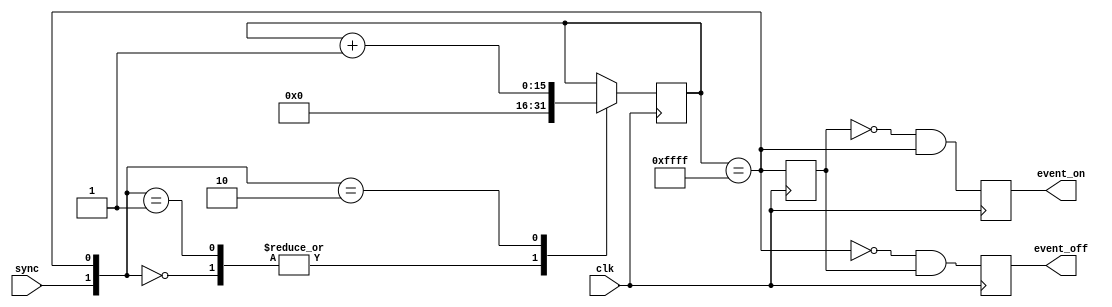
//////////////////////////////////////////////////////////////////////////////
// Copyright (c) 2006 Xilinx, Inc.
// This design is confidential and proprietary of Xilinx, All Rights Reserved.
//////////////////////////////////////////////////////////////////////////////
//   ____  ____
//  /   /\/   /
// /___/  \  /   Vendor:        Xilinx
// \   \   \/    Version:       1.0.0
//  \   \        Filename:      debnce.v
//  /   /        Date Created:  December 25, 2006
// /___/   /\    Last Modified: December 25, 2006
// \   \  /  \
//  \___\/\___\
//
// Devices:   Spartan-3 Generation FPGA
// Purpose:   Switch debouncer with pulses for on/off events
// Contact:   crabill@xilinx.com
// Reference: None
//
// Revision History:
//   Rev 1.0.0 - (crabill) First created December 25, 2006.
//
//////////////////////////////////////////////////////////////////////////////
//
// LIMITED WARRANTY AND DISCLAIMER. These designs are provided to you "as is".
// Xilinx and its licensors make and you receive no warranties or conditions,
// express, implied, statutory or otherwise, and Xilinx specifically disclaims
// any implied warranties of merchantability, non-infringement, or fitness for
// a particular purpose. Xilinx does not warrant that the functions contained
// in these designs will meet your requirements, or that the operation of
// these designs will be uninterrupted or error free, or that defects in the
// designs will be corrected. Furthermore, Xilinx does not warrant or make any
// representations regarding use or the results of the use of the designs in
// terms of correctness, accuracy, reliability, or otherwise.
//
// LIMITATION OF LIABILITY. In no event will Xilinx or its licensors be liable
// for any loss of data, lost profits, cost or procurement of substitute goods
// or services, or for any special, incidental, consequential, or indirect
// damages arising from the use or operation of the designs or accompanying
// documentation, however caused and on any theory of liability. This
// limitation will apply even if Xilinx has been advised of the possibility
// of such damage. This limitation shall apply not-withstanding the failure
// of the essential purpose of any limited remedies herein.
//
//////////////////////////////////////////////////////////////////////////////
// Copyright (c) 2006 Xilinx, Inc.
// This design is confidential and proprietary of Xilinx, All Rights Reserved.
//////////////////////////////////////////////////////////////////////////////

`timescale 1 ns / 1 ps

module debnce
  (
  input  wire        sync,
  input  wire        clk,
  output reg         event_on,
  output reg         event_off
  );

  //******************************************************************//
  // Implement debouncing.                                            //
  //******************************************************************//

  reg         [15:0] ctr;
  reg                dly;
  wire               sat;

  assign sat = (ctr == 16'hffff);

  always @(posedge clk)
  begin : saturating_counter
    case ({sync, sat})
      0: ctr <= 0;
      1: ctr <= 0;
      2: ctr <= ctr + 1;
    endcase
    dly <= sat;
    event_on  <= !dly && sat;
    event_off <= !sat && dly;
  end

  //******************************************************************//
  //                                                                  //
  //******************************************************************//

endmodule